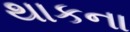
થાકના